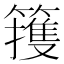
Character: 䉟